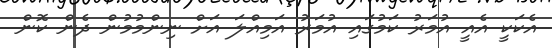
އެކަކީ އެއީ އުމަރު ކަމުގައި އުމަރު އަމިއްލަ އަށް ނިންމުމުން ދެން ކޮން